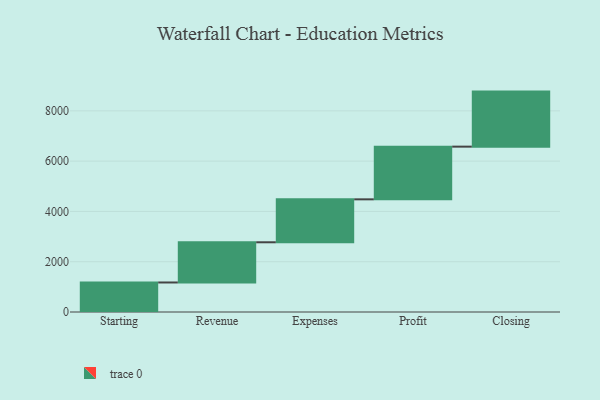
{"axis": {"x": "Step", "y": "Value"}, "legend": [""], "data": [{"x": "Starting", "y": 1174.0, "type": ""}, {"x": "Revenue", "y": 1599.0, "type": ""}, {"x": "Expenses", "y": 1708.0, "type": ""}, {"x": "Profit", "y": 2096.0, "type": ""}, {"x": "Closing", "y": 2189.0, "type": ""}]}